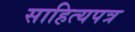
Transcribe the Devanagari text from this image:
साहित्यपत्र